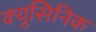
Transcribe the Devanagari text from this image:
क्युसिनिक